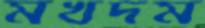
মখদম